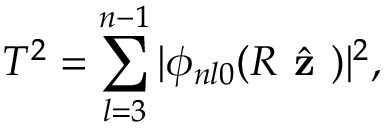
T ^ { 2 } = \sum _ { l = 3 } ^ { n - 1 } | \phi _ { n l 0 } ( R \hat { \textbf { z } } ) | ^ { 2 } ,